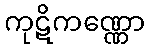
ကုဋိကဏ္ဏော